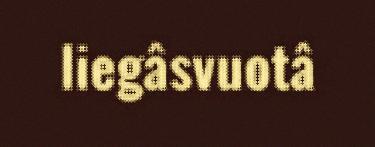
liegâsvuotâ